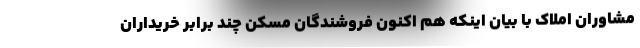
مشاوران املاک با بیان اینکه هم اکنون فروشندگان مسکن چند برابر خریداران